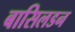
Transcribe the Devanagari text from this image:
बासिलडन